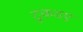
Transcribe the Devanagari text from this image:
टुकडए